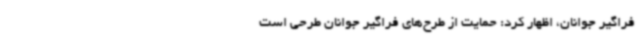
فراگیر جوانان، اظهار کرد: حمایت از طرح‌های فراگیر جوانان طرحی است